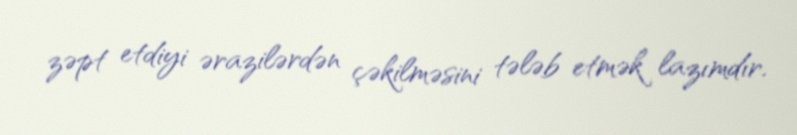
zəpt etdiyi ərazilərdən çəkilməsini tələb etmək lazımdır.